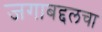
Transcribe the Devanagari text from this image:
जगाबद्दलचा